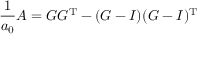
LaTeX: { \frac { 1 } { a _ { 0 } } } A = G G ^ { \operatorname { T } } - ( G - I ) ( G - I ) ^ { \operatorname { T } }